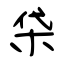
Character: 柋